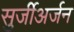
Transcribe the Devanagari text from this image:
सुर्जीअर्जन